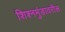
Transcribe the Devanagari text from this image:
शिश्नमुंडावरील